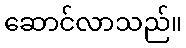
ဆောင်လာသည်။